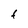
Character: f